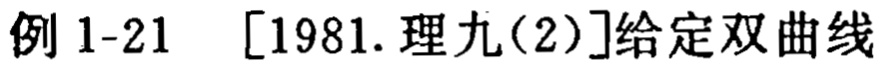
例 1-21  [1981. 理九(2)]给定双曲线